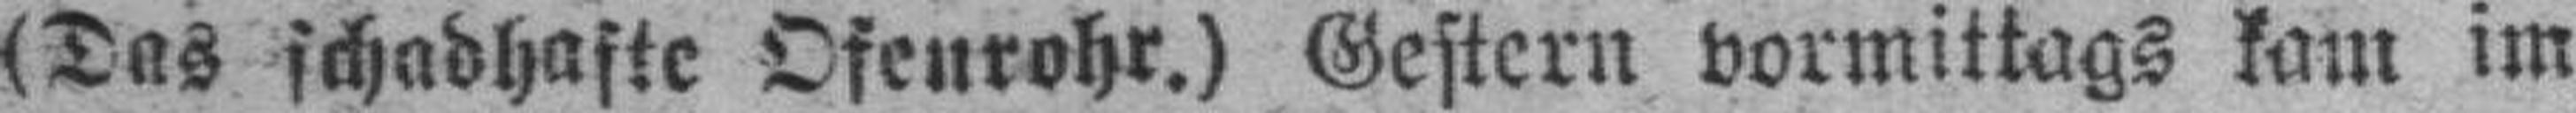
(Das schadhafte Ofenrohr.) Gestern vormittags kam im